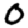
Digit: 0